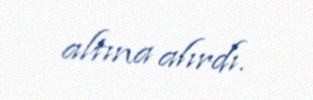
altına alırdı.